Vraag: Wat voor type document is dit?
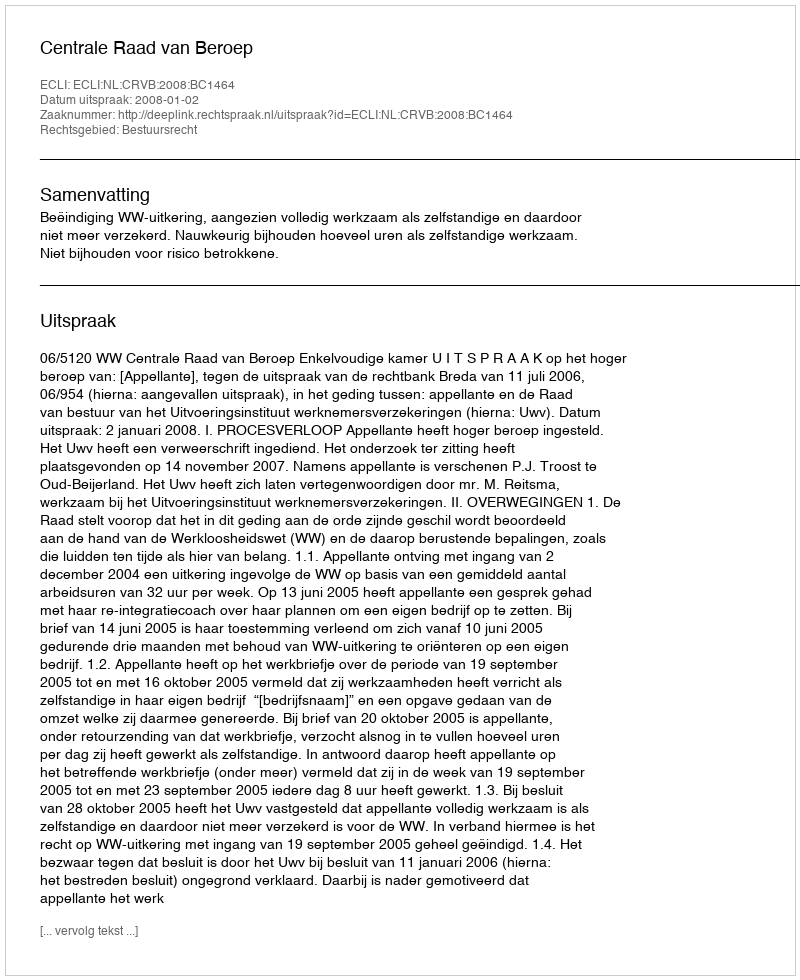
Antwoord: Uitspraak